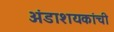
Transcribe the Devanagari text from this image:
अंडाशयकांची